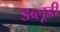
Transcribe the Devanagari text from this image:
डब्लूडी